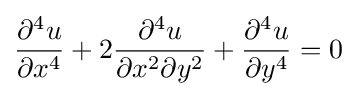
{\frac {\partial ^{4}u}{\partial x^{4}}}+2{\frac {\partial ^{4}u}{\partial x^{2}\partial y^{2}}}+{\frac {\partial ^{4}u}{\partial y^{4}}}=0